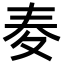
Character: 𡕤